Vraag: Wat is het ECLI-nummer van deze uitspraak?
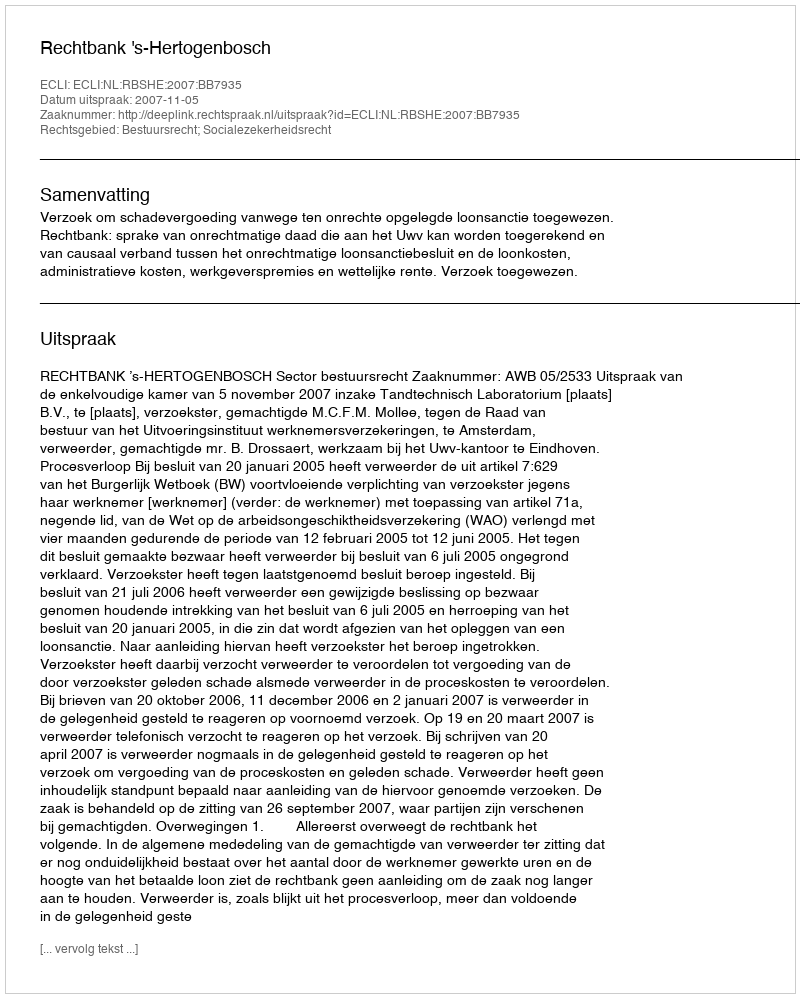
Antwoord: ECLI:NL:RBSHE:2007:BB7935